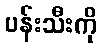
ပန်းသီးကို